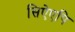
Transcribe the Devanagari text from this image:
सिऐएपि